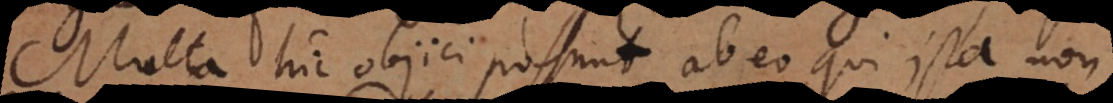
Multa hic objici possunt ab eo qui ista non